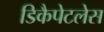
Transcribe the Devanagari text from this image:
डिकैपेटलेस